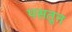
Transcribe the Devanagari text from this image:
पसतून